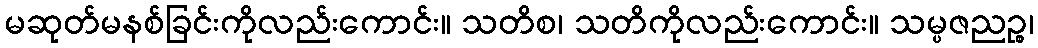
မဆုတ်မနစ်ခြင်းကိုလည်းကောင်း။ သတိစ၊ သတိကိုလည်းကောင်း။ သမ္ပဇညဉ္စ၊